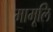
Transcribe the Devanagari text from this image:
मामूलि